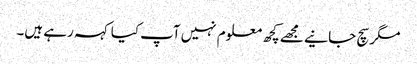
مگر سچ جانیے مجھے کچھ معلوم نہیں آپ کیا کہہ رہے ہیں۔